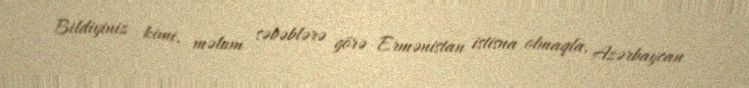
Bildiyiniz kimi, məlum səbəblərə görə Ermənistan istisna olmaqla, Azərbaycan